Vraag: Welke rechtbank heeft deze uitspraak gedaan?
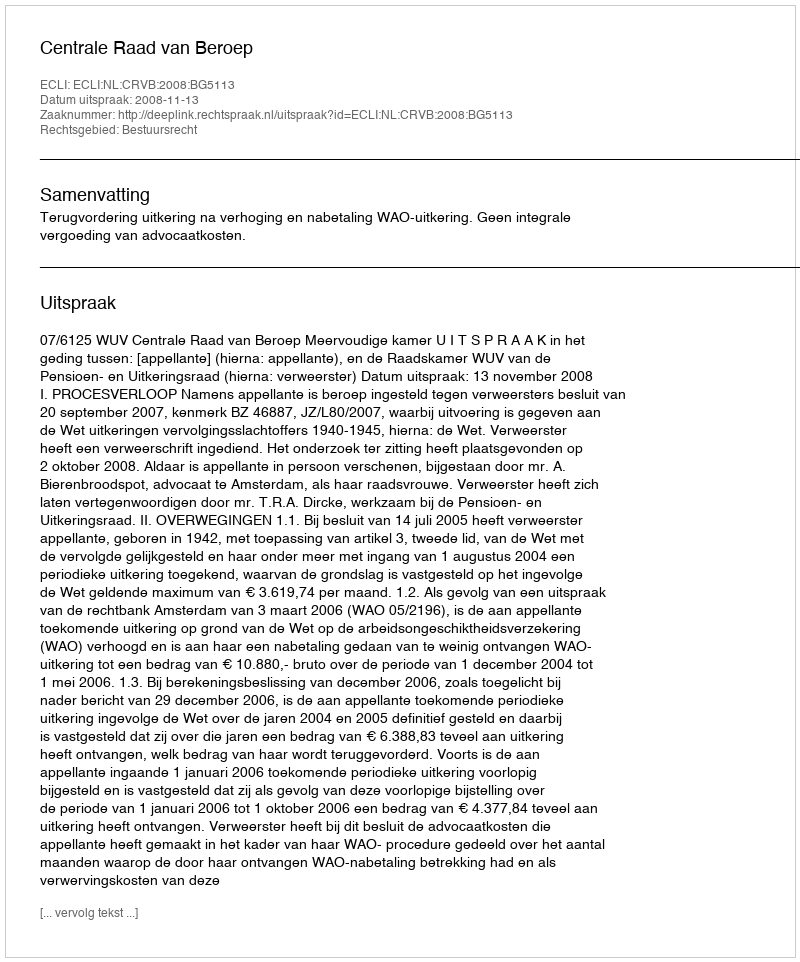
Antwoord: Centrale Raad van Beroep